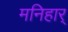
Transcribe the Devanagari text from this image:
मनिहार्